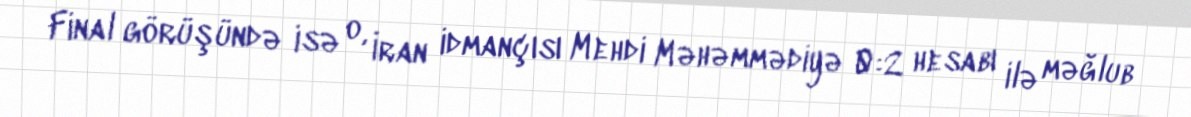
Final görüşündə isə o, İran idmançısı Mehdi Məhəmmədiyə 0:2 hesabı ilə məğlub